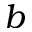
b